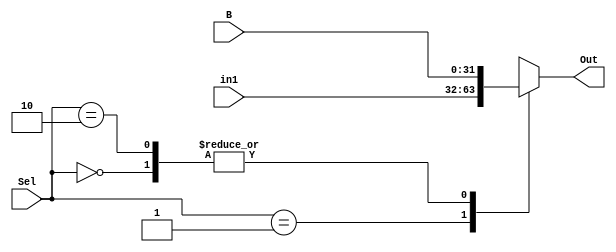
`timescale 1ns / 1ps
//////////////////////////////////////////////////////////////////////////////////
// Company: 
// Engineer: 
// 
// Design Name: 
// Module Name: MAF_pipelined
// Project Name: 
// Target Devices: 
// Tool Versions: 
// Description: 
// 
// Dependencies: 
// 
// Revision:
// Revision 0.01 - File Created
// Additional Comments:
// 
//////////////////////////////////////////////////////////////////////////////////

// Pipe Stage 1
//========================================================
module mux2inB#( parameter W = 32 ) 
    ( B,
      in1,
      Sel,
      Out
    );
    
    input  [W-1:0] B;
    input  [W-1:0] in1;
    input    [1:0] Sel;
    output [W-1:0] Out;
    
    reg [W-1:0] Out;
    
    always @(*) 
      begin
        casex ( Sel )
          2'b00  : Out = B;
          2'b01  : Out = in1;
          2'b10  : Out = B;
          2'b11  : Out = 32'hXXXX_XXXX;
          default: Out = 32'hXXXX_XXXX;
        endcase
      end
    
endmodule 


module Multiplier#( parameter W = 32 ) 
    ( A,
      B,
      Out
    );
    
    input    [W-1:0] A;
    input    [W-1:0] B;
    output [W*2-1:0] Out;
    
    assign Out = A * B; 
    
endmodule
//========================================================

//Pipe Stage 2
//========================================================
module mux2inC#( parameter W = 32 ) 
    ( C,
      in1,
      Sel,
      Out
    );
    
    input    [W-1:0] C;  // C
    input    [W-1:0] in1; // 1'b0
    input      [1:0] Sel;
    output [W*2-1:0] Out;
    
    reg [W*2-1:0] Out;
    
    always @(*) 
      begin
        casex ( Sel )
          2'b00  : Out = in1;
          2'b01  : Out = C;
          2'b10  : Out = C;
          2'b11  : Out = 32'hXXXX_XXXX;
          default: Out = 32'hXXXX_XXXX;
        endcase
      end
    
endmodule


module Adder#( parameter W = 64 )
    ( in0,
      in1,
      Out
    );
    
    input  [W-1:0] in0;
    input  [W-1:0] in1;
    output [W-1:0] Out;
    
    assign Out = in0 + in1;
    
endmodule
//========================================================

//Top Module
//========================================================
module MAF_pipelined#( parameter W = 64 )
    ( clk,
      A,
      B,
      C,
      func,
      Result
    );
    
    input  clk;
    
    input [W-33:0] A;
    input [W-33:0] B;
    input [W-33:0] C;
    input    [1:0] func;
    
    output [W-1:0] Result;
    
    wire [W-33:0] M1_wire;
    
    mux2inB M1
        ( .B   ( B       ), 
          .in1 ( 32'd1   ),
          .Sel ( func    ),
          .Out ( M1_wire )
        );
    
    wire [W-1:0] mult_out;
    
    Multiplier mult
        ( .A   ( A        ),
          .B   ( M1_wire  ),
          .Out ( mult_out )
        );
        
    //pipeline stage registers
    reg [W-1:0] mult_out_reg;
    reg   [1:0] func_reg;
    reg [W-33:0] c_reg;
    
    always @( posedge clk )
      begin
        mult_out_reg <= mult_out;
        func_reg <= func;
        c_reg <= C;                  
      end    
    
    wire [W-1:0] M2_wire;
    
    mux2inC M2    
        ( .C   ( c_reg    ),
          .in1 ( 32'd0    ),
          .Sel ( func_reg ),
          .Out ( M2_wire  )
        );
    
    // pipe stage 2
    wire [W-1:0] Out;
    reg  [W-1:0] Result;
    
    Adder Add
        ( .in0 ( mult_out_reg ),
          .in1 ( M2_wire      ),
          .Out ( Out          )
        );
    
    always @( posedge clk )
      begin
        Result <= Out;
      end 
   
    
endmodule